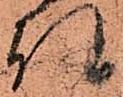
任